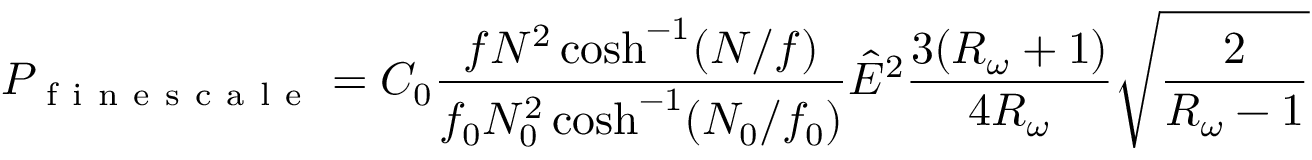
P _ { \mathrm { ~ f ~ i ~ n ~ e ~ s ~ c ~ a ~ l ~ e ~ } } = C _ { 0 } \frac { f N ^ { 2 } \cosh ^ { - 1 } ( N / f ) } { f _ { 0 } N _ { 0 } ^ { 2 } \cosh ^ { - 1 } ( N _ { 0 } / f _ { 0 } ) } \hat { E } ^ { 2 } \frac { 3 ( R _ { \omega } + 1 ) } { 4 R _ { \omega } } \sqrt { \frac { 2 } { R _ { \omega } - 1 } }